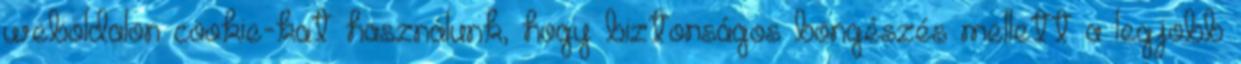
weboldalon cookie-kat használunk, hogy biztonságos böngészés mellett a legjobb